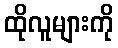
ထိုလူများကို